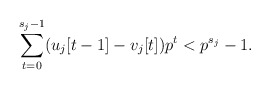
\begin{align*}\sum_{t=0}^{s_{j}-1}(u_{j}[t-1]-v_{j}[t])p^{t}<p^{s_{j}}-1.\end{align*}